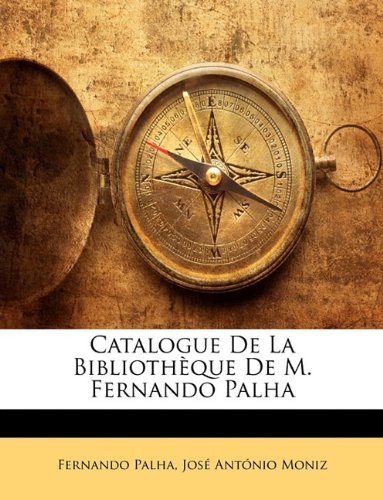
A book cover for Catalogue De La BibliothÃ¨que De M. Fernando Palha (Portuguese Edition); Fernando Palha; Crafts, Hobbies & Home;